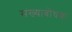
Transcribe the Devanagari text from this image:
संख्याबोधक